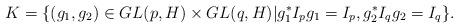
LaTeX: \begin{align*} K=\{(g_{1},g_{2})\in GL(p,H)\times GL(q,H)|g_{1}^{*}I_{p}g_{1}=I_{p},g_{2}^{*}I_{q}g_{2}=I_{q}\}.\end{align*}